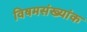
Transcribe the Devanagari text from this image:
विषमसंख्यांक